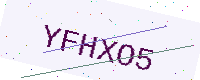
Text: YFHXO5